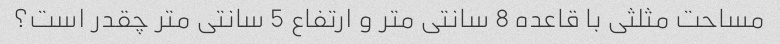
مساحت مثلثی با قاعده 8 سانتی متر و ارتفاع 5 سانتی متر چقدر است؟